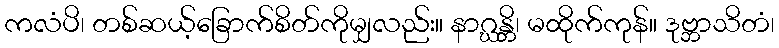
ကလံပိ၊ တစ်ဆယ့်ခြောက်စိတ်ကိုမျှလည်း။ နာဂ္ဃန္တိ၊ မထိုက်ကုန်။ ဒုဗ္ဘာသိတံ၊